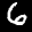
Label: 6